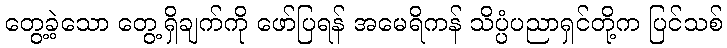
တွေ့ခဲ့သော တွေ့ရှိချက်ကို ဖော်ပြရန် အမေရိကန် သိပ္ပံပညာရှင်တို့က ပြင်သစ်